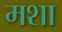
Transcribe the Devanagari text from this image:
मशा